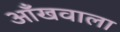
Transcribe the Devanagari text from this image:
आँखवाला